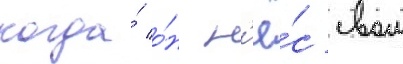
когда́ о́н н'ё́с свои